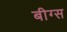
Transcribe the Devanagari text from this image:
बीग्स